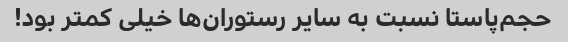
حجم‌پاستا نسبت به سایر رستوران‌ها خیلی کمتر بود!